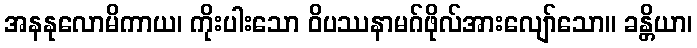
အနနုလောမိကာယ၊ ကိုးပါးသော ဝိပဿနာမဂ်ဖိုလ်အားလျော်သော။ ခန္တိယာ၊